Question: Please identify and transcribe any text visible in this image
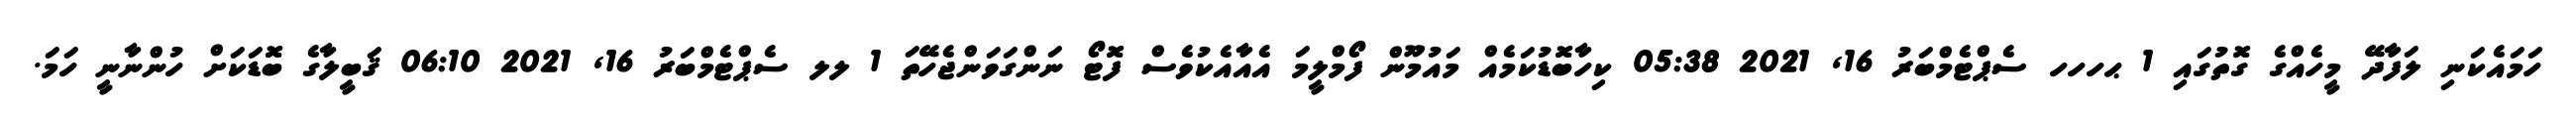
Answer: ހަމައެކަނި ލަފާދޭ މީހެއްގެ ގޮތުގައި 1 ޙހހހ ސެޕްޓެމްބަރު 16, 2021 05:38 ކިހާބޮޑުކަމެއް މައުމޫން ފޯމްލީމަ އެއާއެކުވެސް ފޮޓޯ ނަންގަވަންޖެހޭތަ 1 ލލ ސެޕްޓެމްބަރު 16, 2021 06:10 ޤަބީލާގެ ބޮޑަކަށް ހުންނާނީ ހަމަ.